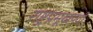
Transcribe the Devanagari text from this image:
राष्ट्रप्रमूखपदी